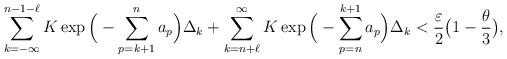
LaTeX: \begin{align*} \sum\limits_{k=-\infty}^{n-1-\ell}K\exp\Big(-\sum\limits_{p=k+1}^{n}a_{p}\Big)\Delta_{k}+\sum\limits_{k=n+\ell}^{\infty}K\exp\Big(-\sum\limits_{p=n}^{k+1}a_{p}\Big)\Delta_{k}<\frac{\varepsilon}{2}\big(1-\frac{\theta}{3}\big),\end{align*}